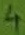
Text: 4